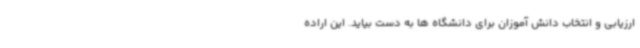
ارزیابی و انتخاب دانش آموزان برای دانشگاه ها به دست بیاید. این اراده